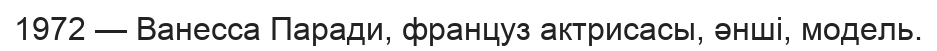
1972 — Ванесса Паради, француз актрисасы, әнші, модель.